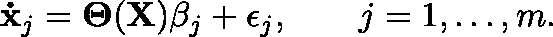
\mathbf { \dot { x } } _ { j } = \mathbf { \Theta } ( \mathbf { X } ) { \beta _ { j } } + \epsilon _ { j } , \qquad j = 1 , \dotsc , m .